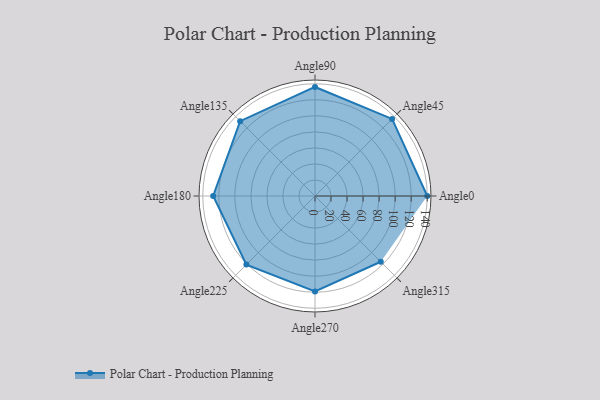
{"axis": {"x": "Angle", "y": "Radius"}, "legend": [""], "data": [{"x": "Angle0", "y": 140.0, "type": ""}, {"x": "Angle45", "y": 136.0, "type": ""}, {"x": "Angle90", "y": 136.0, "type": ""}, {"x": "Angle135", "y": 132.0, "type": ""}, {"x": "Angle180", "y": 127.0, "type": ""}, {"x": "Angle225", "y": 121.0, "type": ""}, {"x": "Angle270", "y": 119.0, "type": ""}, {"x": "Angle315", "y": 116.0, "type": ""}]}